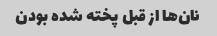
نان‌ها از قبل پخته شده بودن